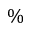
\%